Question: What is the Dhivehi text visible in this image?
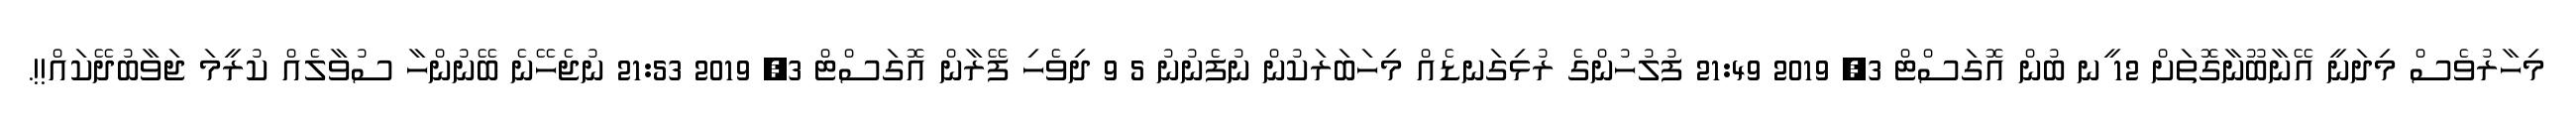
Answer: މިހާރުވެސް މިދަނީ އޭނާބޫނާގޮތަށް 12 ީނ ބުން އޮގަސްޓް 3, 2019 21:49 ފުލުހުންގެ ރުޅިގަނޑެއް މިހަބަރަކުން ނުފެނުނު 5 9 ދިވެހި ފޭރާން އޮގަސްޓް 3, 2019 21:53 ނުޖެހޭނެ ބޭނުންހާ ސުވާލެއް ކުރީމަ ޖަވާބުދޭކައް!!.